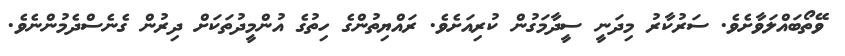
ވޭތޯބައްލަވާށެވެ. ސަރުކާރު މިދަނީ ސީދާމަގުން ކުރިއަށެވެ. ރައްޔިތުންގެ ހިތުގެ އުންމީދުތަކަށް ދިރުން ގެނެސްދެމުންނެވެ.